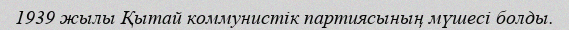
1939 жылы Қытай коммунистік партиясының мүшесі болды.